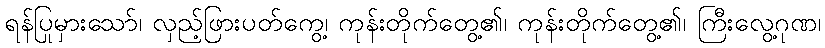
ရန်ပြုမှားသော်၊ လှည့်ဖြားပတ်ကွေ့၊ ကုန်းတိုက်တွေ့၏၊ ကုန်းတိုက်တွေ့၏၊ ကြီးလွေ့ဂုဏ၊